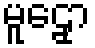
မူဠှော